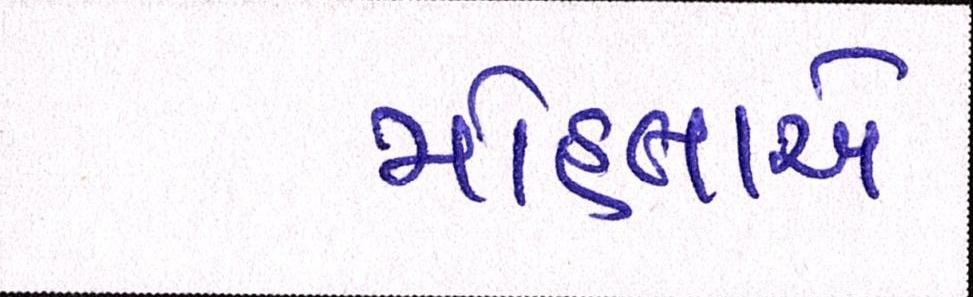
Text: મોહતાએ